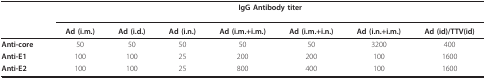
<table><thead><tr><td></td><td colspan="7"><b>IgG Antibody titer</b></td></tr><tr><td></td><td><b>Ad (i.m.)</b></td><td><b>Ad (i.d.)</b></td><td><b>Ad (i.n.)</b></td><td><b>Ad (i.m.+i.m.)</b></td><td><b>Ad (i.m.+i.n.)</b></td><td><b>Ad (i.n.+i.m.)</b></td><td><b>Ad (id)/TTV(id)</b></td></tr></thead><tbody><tr><td><b>Anti-core</b></td><td>50</td><td>50</td><td>50</td><td>50</td><td>50</td><td>3200</td><td>400</td></tr><tr><td><b>Anti-E1</b></td><td>100</td><td>100</td><td>25</td><td>200</td><td>200</td><td>100</td><td>1600</td></tr><tr><td><b>Anti-E2</b></td><td>100</td><td>100</td><td>25</td><td>800</td><td>400</td><td>100</td><td>1600</td></tr></tbody></table>